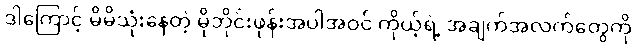
ဒါကြောင့် မိမိသုံးနေတဲ့ မိုဘိုင်းဖုန်းအပါအဝင် ကိုယ့်ရဲ့ အချက်အလက်တွေကို